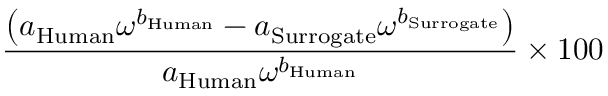
\displaystyle \frac { \left( a _ { \mathrm { H u m a n } } \omega ^ { b _ { \mathrm { H u m a n } } } - a _ { \mathrm { S u r r o g a t e } } \omega ^ { b _ { \mathrm { S u r r o g a t e } } } \right) } { a _ { \mathrm { H u m a n } } \omega ^ { b _ { \mathrm { H u m a n } } } } \times 1 0 0